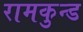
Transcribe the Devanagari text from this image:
रामकुन्ड